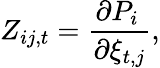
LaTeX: Z_{ij,t}=\frac{\partial P_{i}\, }{\partial\xi_{t,j}},